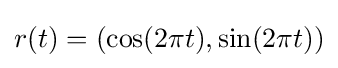
r(t)=(\cos(2\pi t),\sin(2\pi t))